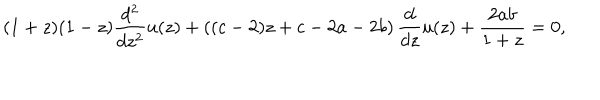
LaTeX: ( 1 + z ) ( 1 - z ) \frac { d ^ { 2 } } { d z ^ { 2 } } u ( z ) + \left( ( c - 2 ) z + c - 2 a - 2 b \right) \frac { d } { d z } u ( z ) + \frac { 2 a b } { 1 + z } = 0 ,